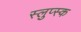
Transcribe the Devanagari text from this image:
स्लुप्स्क